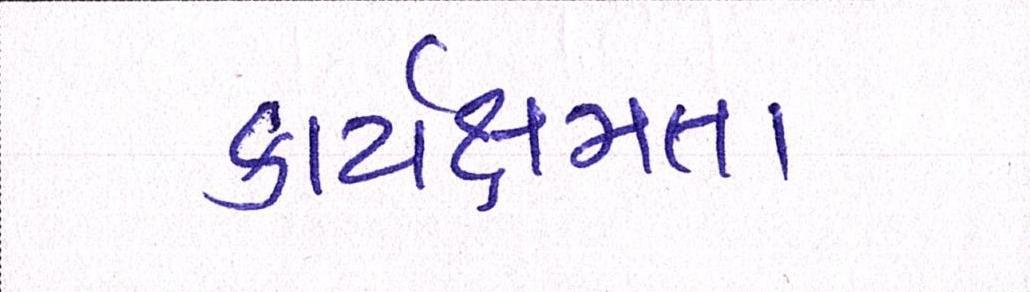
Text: કાર્યક્ષમતા